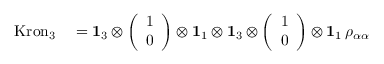
\begin{array} { r l } { \mathrm { K r o n } _ { 3 } } & { { } = \mathbf { 1 } _ { 3 } \otimes \left( \begin{array} { l } { 1 } \\ { 0 } \end{array} \right) \otimes \mathbf { 1 } _ { 1 } \otimes \mathbf { 1 } _ { 3 } \otimes \left( \begin{array} { l } { 1 } \\ { 0 } \end{array} \right) \otimes \mathbf { 1 } _ { 1 } \, \rho _ { \alpha \alpha } } \end{array}